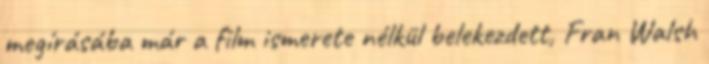
megírásába már a film ismerete nélkül belekezdett, Fran Walsh